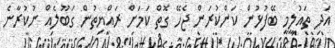
އަދި ތައުލީމީ ބޭފުޅުން ކަންކުރަން ޖެހޭ ގޮތް ކަމަށް ރައްޔިތުން ގަބޫލެއް ނުކުރާނެ